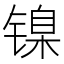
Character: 镍